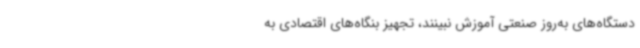
دستگاه‌های به‌روز صنعتی آموزش نبینند، تجهیز بنگاه‌های اقتصادی به